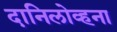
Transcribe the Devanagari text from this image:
दानिलोव्हना